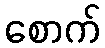
စောက်